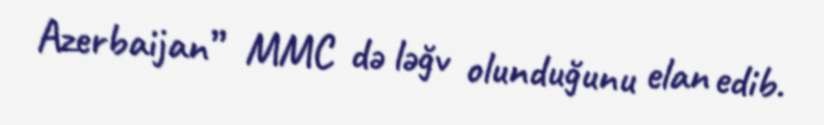
Azerbaijan” MMC də ləğv olunduğunu elan edib.